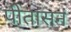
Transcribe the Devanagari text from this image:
पीतासनं